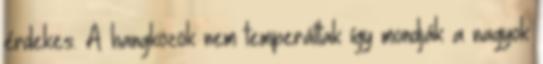
érdekes. A hangközök nem temperáltak így mondják a nagyok